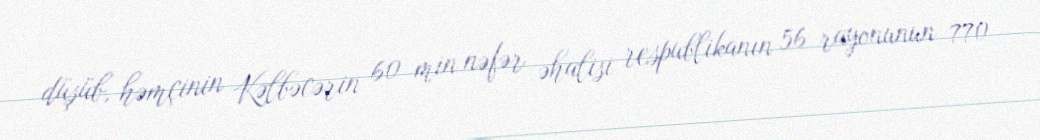
düşüb, həmçinin Kəlbəcərin 60 min nəfər əhalisi respublikanın 56 rayonunun 770